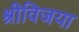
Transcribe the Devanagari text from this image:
श्रीविजया